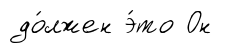
до́лжен э́то Он